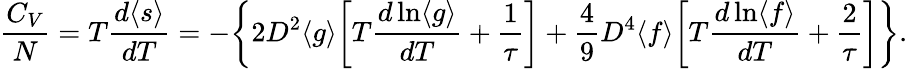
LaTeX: \begin{array}{ccc}{\displaystyle{\frac{C_{V}}{N}=T\frac{d\langle s\rangle}{dT}=-\bigg\{ 2D^{2}\langle g\rangle\bigg[T\frac{d\ln\langle g\rangle}{dT}+\frac{1}{\tau}\bigg]+\frac{4}{9}D^{4}\langle f\rangle\bigg[T\frac{d\ln\langle f\rangle}{dT}+\frac{2}{\tau}\bigg]\bigg\} .}}\end{array}